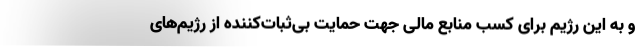
و به این رژیم برای کسب منابع مالی جهت حمایت بی‌ثبات‌کننده از رژیم‌های